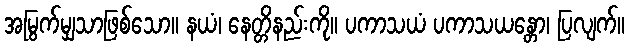
အမြွက်မျှသာဖြစ်သော။ နယံ၊ နေတ္တိနည်းကို။ ပကာသယံ ပကာသယန္တော၊ ပြလျက်။